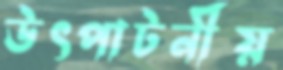
উৎপাটনীয়